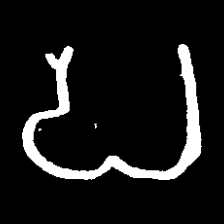
Pyu character \u2014 Myanmar letter: ပ (romanized: pa)